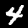
Label: 4